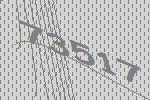
73517